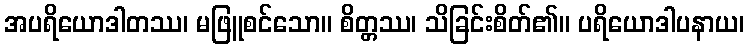
အပရိယောဒါတဿ၊ မဖြူစင်သော။ စိတ္တဿ၊ သိခြင်းစိတ်၏။ ပရိယောဒါပနာယ၊